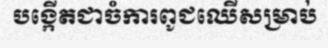
បង្កើតជាចំការពូជឈើសម្រាប់